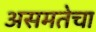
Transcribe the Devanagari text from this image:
असमतेचा